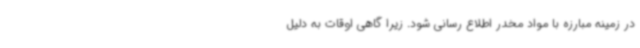
در زمینه مبارزه با مواد مخدر اطلاع رسانی شود. زیرا گاهی اوقات به دلیل